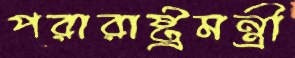
পরারাষ্ট্রমন্ত্রী